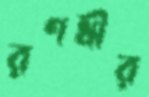
রণধীর